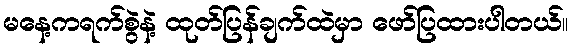
မနေ့ကရက်စွဲနဲ့ ထုတ်ပြန်ချက်ထဲမှာ ဖော်ပြထားပါတယ်။